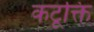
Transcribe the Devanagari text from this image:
कटूक्ति